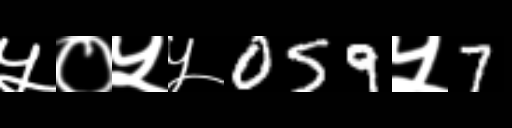
Text: ५०५५059५7